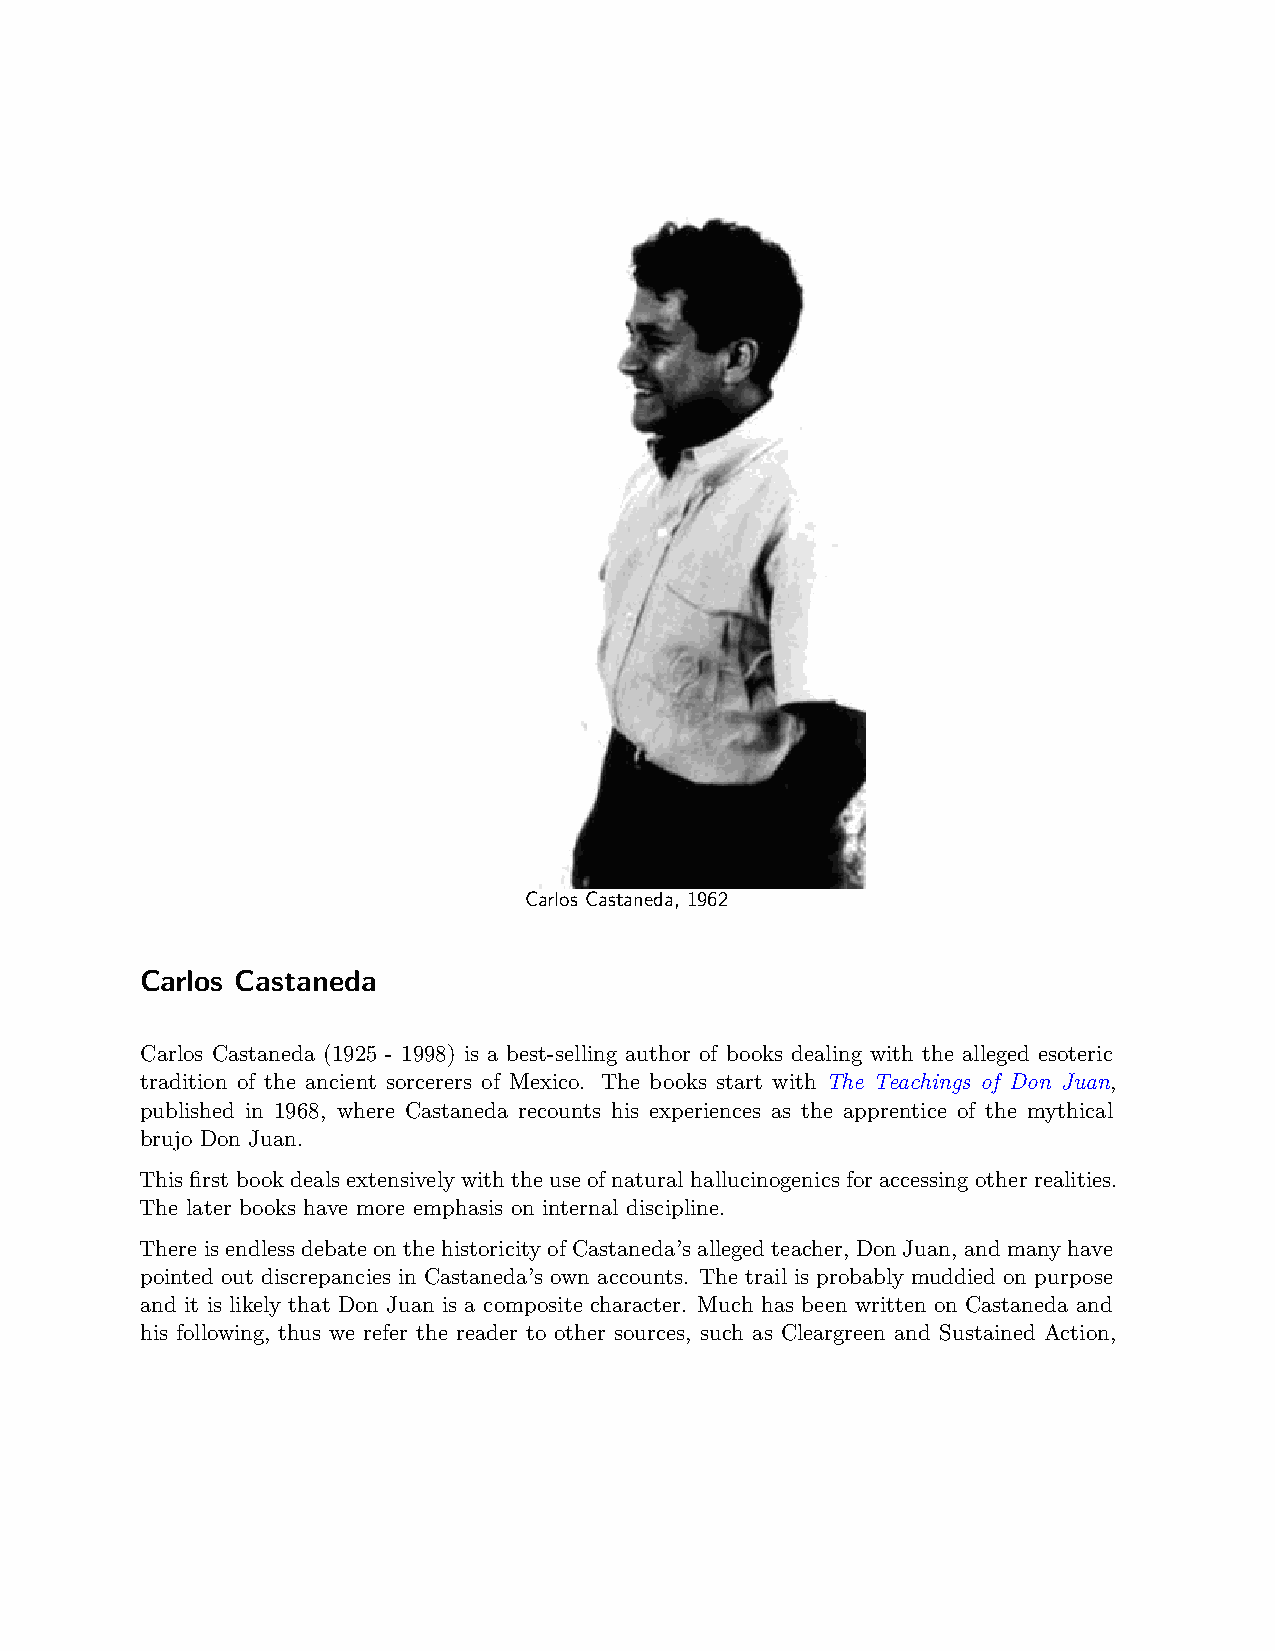
Carlos Castaneda, 1962
 Carlos Castaneda
 Carlos Castaneda (1925 - 1998) is a best-selling author of books dealing with the alleged esoteric
 tradition of the ancient sorcerers of Mexico. The books start with The Teachings of Don Juan,
 published in 1968, where Castaneda recounts his experiences as the apprentice of the mythical
 brujo Don Juan.
 This first book deals extensively with the use of natural hallucinogenics for accessing other realities.
 The later books have more emphasis on internal discipline.
 There is endless debate on the historicityof Castaneda’s alleged teacher, Don Juan, and many have
 pointed out discrepancies in Castaneda’s own accounts. The trail is probably muddied on purpose
 and it is likely that Don Juan is a composite character. Much has been written on Castaneda and
 his following, thus we refer the reader to other sources, such as Cleargreen and Sustained Action,